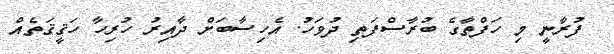
ފުރާނީ މި ހަފްތާގެ ބުރާސްފަތި ދުވަހު. އެހިސާބަށްް ދާއިރު ހުރިހާ ހަޤީޤަތެއް